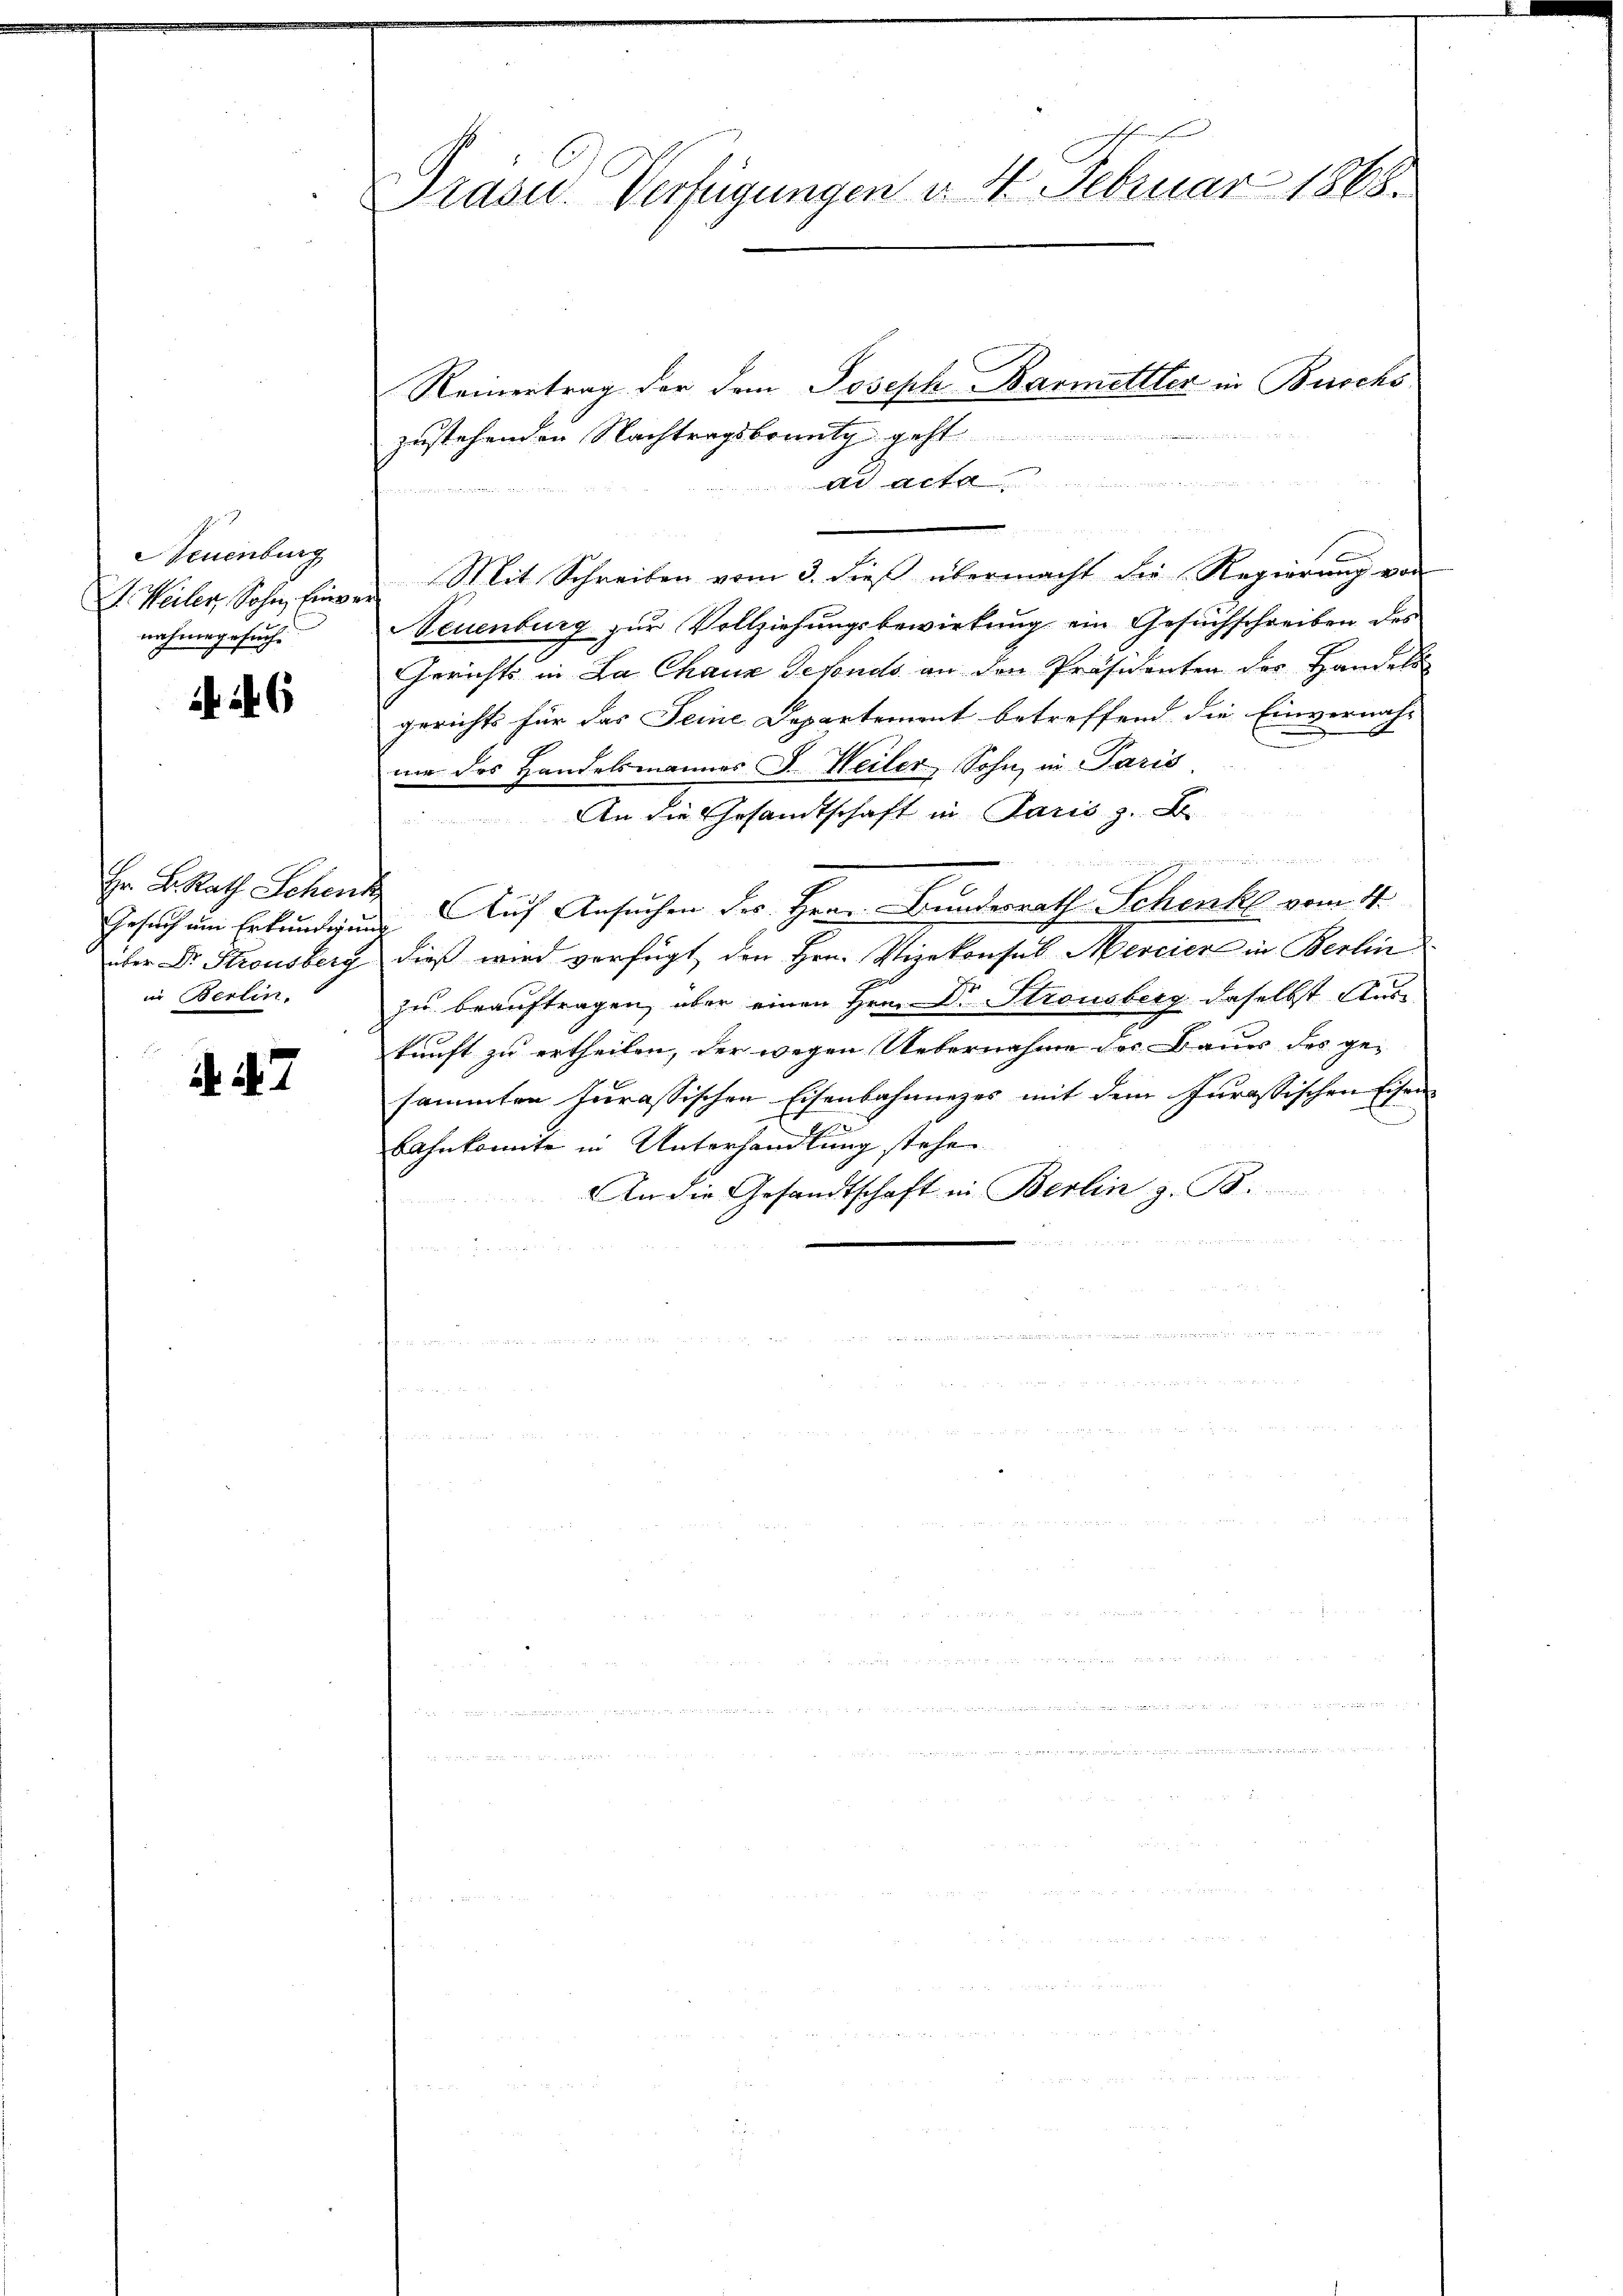
Neuenburg
J. Weiler, Sohn, Einve
nahmegesuch.

6

Hr. B. Rath Schenk
Gesuch um Erkundigung
über Dr. Strousberg
in Berlin,

. 27

Präser Verfügungen v. 4. Februar 1868.

Reinentrag der dem Joseph Barmettler in Buschs
zustehenden Nachtragsbrung geht.
At Acta
 1835.
Mit Schreiben vom 3. dieß übermacht die Regierung von
Neuenburg zur Vollziehungsbewirkung ein Gesuchschreiben des
Gerichts in La Chaux defonds an den Präsidenten der Handels
gerichts für das Seine Departement betreffend die Einvernah-
mie des Handelsmannes J. Heiler, Sohn in Paris
An die Gesandtschaft in Paris z. B

gg, an diesen
Auf Ansuchen des Hrn. Bundesrath Schenk vom 4.
dieß wird verfügt, den Hrn. Vizekonsul Mercier in Berlin
zu beauftragen, über einen Hrn. Dr Stronsberg daselbst Auskunft zu ertheilen, der wegen Uebernahme der Baues des ge-
sammten Jurassischen Eisenbahnnezes mit dem Jurassischen Eisen-
2
H
bahnkomite in Unterhandlung stehe
An die Gesandtschaft in Berlin z. B.
u
s
 B e
a
s